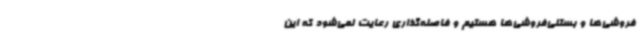
فروشی‌ها و بستنی‌فروشی‌ها هستیم و فاصله‌گذاری رعایت نمی‌شود که این